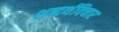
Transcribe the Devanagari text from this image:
शब्दर्थविचार